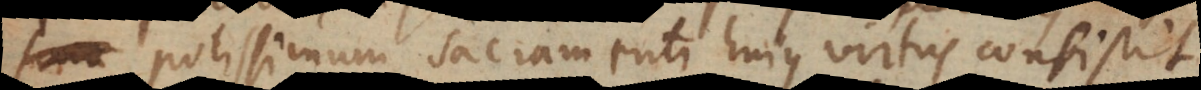
potissimum Sacramenti hujus virtus consistit.